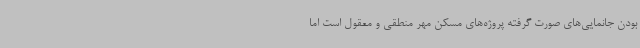
بودن جانمایی‌های صورت گرفته پروژه‌های مسکن مهر منطقی و معقول است اما